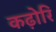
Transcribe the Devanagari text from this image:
कढ़ोरि